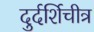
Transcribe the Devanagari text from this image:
दुर्दर्शिचीत्र